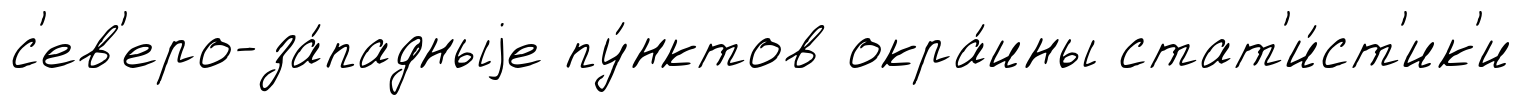
с'ев'еро-за́падныjе пу́нктов окра́ины стат'и́ст'ик'и